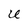
Character: U